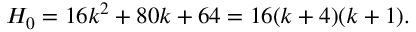
H _ { 0 } = 1 6 k ^ { 2 } + 8 0 k + 6 4 = 1 6 ( k + 4 ) ( k + 1 ) .